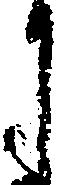
月